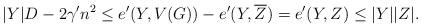
LaTeX: \begin{align*} |Y|D - 2\gamma' n^2 \leq e'(Y,V(G)) - e'(Y,\overline{Z}) = e'(Y,Z) \leq |Y||Z|.\end{align*}